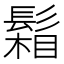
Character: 𩮌